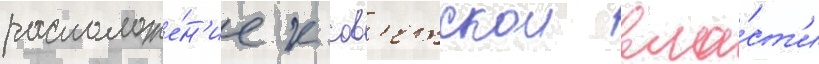
расположе́н'ие к сов'етскои вла́ст'и